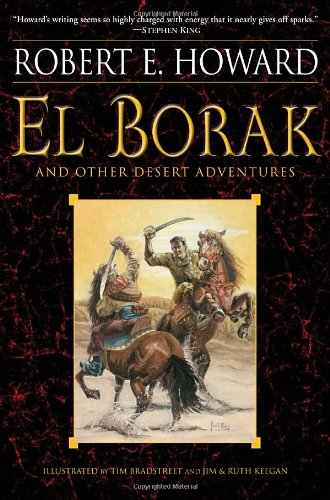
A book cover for El Borak and Other Desert Adventures; Robert E. Howard; Literature & Fiction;